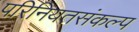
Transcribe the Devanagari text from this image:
परिनियतसंकल्प